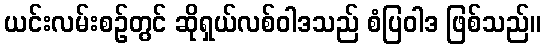
ယင်းလမ်းစဉ်တွင် ဆိုရှယ်လစ်ဝါဒသည် စံပြဝါဒ ဖြစ်သည်။